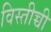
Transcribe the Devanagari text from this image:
विस्तीच्ची